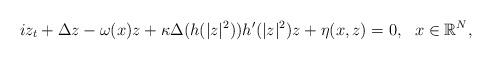
LaTeX: \begin{align*} iz_t+\Delta z-\omega(x)z+\kappa\Delta(h(|z|^2))h'(|z|^2)z+\eta(x,z)=0,\ \ x\in\mathbb{R}^N,\end{align*}